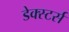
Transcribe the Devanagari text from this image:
डेक्स्टर्स